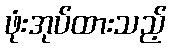
ဖုံးအုပ်ထားသည့်